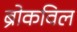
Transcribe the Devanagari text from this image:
ब्रोकविल